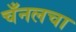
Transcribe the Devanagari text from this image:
चँनलचा